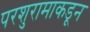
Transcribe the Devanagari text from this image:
परशुरामाकडून